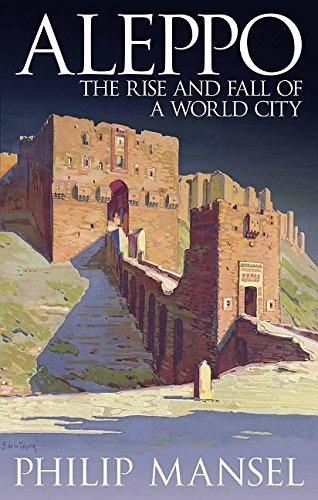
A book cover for Aleppo: The Rise and Fall of a World City; Philip Mansel; History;